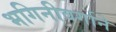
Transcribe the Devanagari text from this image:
भगिनीवर्गाने